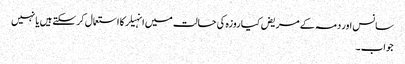
سانس اور دمہ کے مریض کیا روزہ کی حالت میں انہیلر کا استعمال کرسکتے ہیں یا نہیں
جواب۔